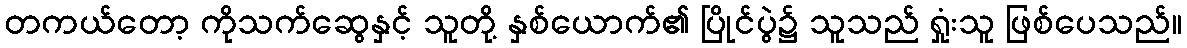
တကယ်တော့ ကိုသက်ဆွေနှင့် သူတို့ နှစ်ယောက်၏ ပြိုင်ပွဲ၌ သူသည် ရှုံးသူ ဖြစ်ပေသည်။